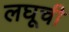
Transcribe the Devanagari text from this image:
लघूची